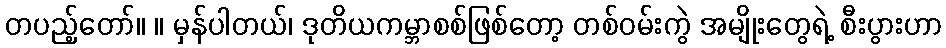
တပည့်တော်။ ။ မှန်ပါတယ်၊ ဒုတိယကမ္ဘာစစ်ဖြစ်တော့ တစ်ဝမ်းကွဲ အမျိုးတွေရဲ့ စီးပွားဟာ